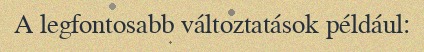
A legfontosabb változtatások például: